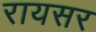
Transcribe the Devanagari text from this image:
रायसर